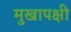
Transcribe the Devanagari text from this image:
मुखापक्षी